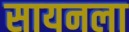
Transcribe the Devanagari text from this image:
सायनला